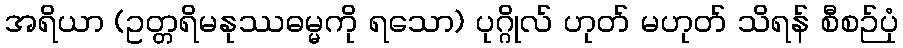
အရိယာ (ဥတ္တရိမနုဿဓမ္မကို ရသော) ပုဂ္ဂိုလ် ဟုတ် မဟုတ် သိရန် စီစဉ်ပုံ